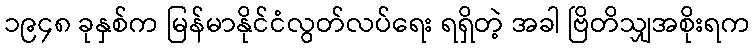
၁၉၄၈ ခုနှစ်က မြန်မာနိုင်ငံလွတ်လပ်ရေး ရရှိတဲ့ အခါ ဗြိတိသျှအစိုးရက